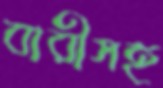
বারীসহ